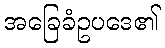
အခြေခံဥပဒေ၏